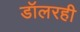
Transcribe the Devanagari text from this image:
डॉलरही